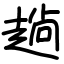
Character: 趟